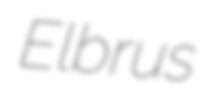
Elbrus